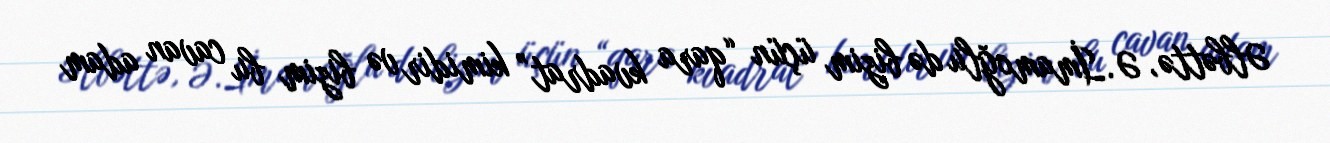
Əlbəttə, Ə.İmamoğlu də bizim üçün “qara kvadrat” kimidir və bizim bu cavan adam